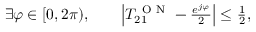
\begin{array} { r l } { \exists \varphi \in [ 0 , 2 \pi ) , \quad } & { { } \left| T _ { 2 1 } ^ { \mathrm { ~ O ~ N ~ } } - \frac { e ^ { j \varphi } } { 2 } \right| \leq \frac { 1 } { 2 } , } \end{array}